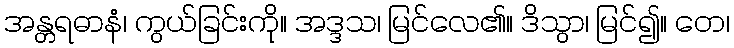
အန္တရဓာနံ၊ ကွယ်ခြင်းကို။ အဒ္ဒသ၊ မြင်လေ၏။ ဒိသွာ၊ မြင်၍။ တေ၊